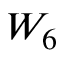
W _ { 6 }